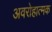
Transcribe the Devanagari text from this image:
अवरोहात्मक